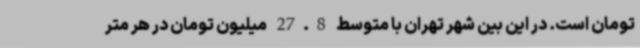
تومان است. در این بین شهر تهران با متوسط 27.8 میلیون تومان در هر متر